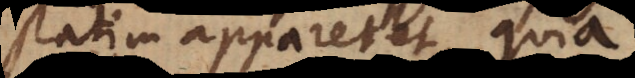
statim appareret, quia